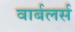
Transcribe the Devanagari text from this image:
वार्बलर्स